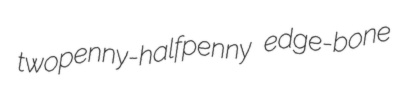
twopenny-halfpenny edge-bone